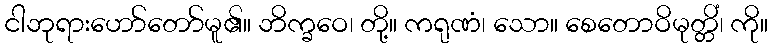
ငါဘုရားဟော်တော်မူ၏။ ဘိက္ခဝေ၊ တို့။ ကရုဏံ၊ သော။ စေတောဝိမုတ္တိံ၊ ကို။